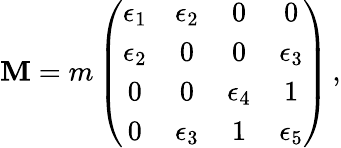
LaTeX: \mathbf{M}=m\left(\begin{array}{cccc}{{\epsilon_{1}}}&{{\epsilon_{2}}}&{{0}}&{{0}}\\ {{\epsilon_{2}}}&{{0}}&{{0}}&{{\epsilon_{3}}}\\ {{0}}&{{0}}&{{\epsilon_{4}}}&{{1}}\\ {{0}}&{{\epsilon_{3}}}&{{1}}&{{\epsilon_{5}}}\end{array}\right)\, ,